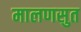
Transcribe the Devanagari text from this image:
मालणसुत